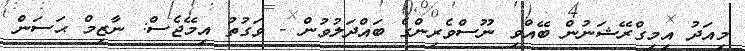
މިއަދު އިމިގްރޭޝަނުން ބޭއްވި ނޫސްވެރިންގެ ބައްދަލުވުން - ވަގުތު އިމޭޖެސް: ނާޒިމް ޙަސަން